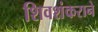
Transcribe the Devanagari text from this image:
शिवशंकराने